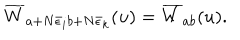
\overline { { { W } } } _ { a + N \bar { \epsilon } _ { i } b + N \bar { \epsilon } _ { k } } ( u ) = \overline { { { W } } } _ { a b } ( u ) .